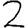
Digit: 2